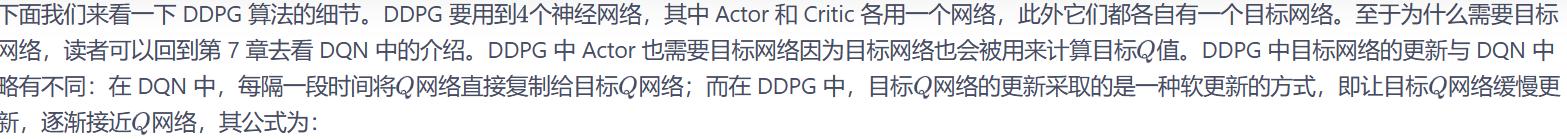
下面我们来看一下 DDPG 算法的细节。DDPG 要用到4个神经网络，其中 Actor 和 Critic 各用一个网络，此外它们都各自有一个目标网络。至于为什么需要目标网络，读者可以回到第 7 章去看 DQN 中的介绍。DDPG 中 Actor 也需要目标网络因为目标网络也会被用来计算目标$Q$值。DDPG 中目标网络的更新与 DQN 中略有不同：在 DQN 中，每隔一段时间将$Q$网络直接复制给目标$Q$网络；而在 DDPG 中，目标$Q$网络的更新采取的是一种软更新的方式，即让目标$Q$网络缓慢更新，逐渐接近$Q$网络，其公式为：